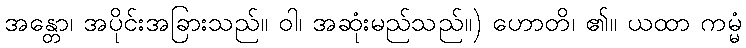
အန္တော၊ အပိုင်းအခြားသည်။ ဝါ၊ အဆုံးမည်သည်။) ဟောတိ၊ ၏။ ယထာ ကမ္မံ